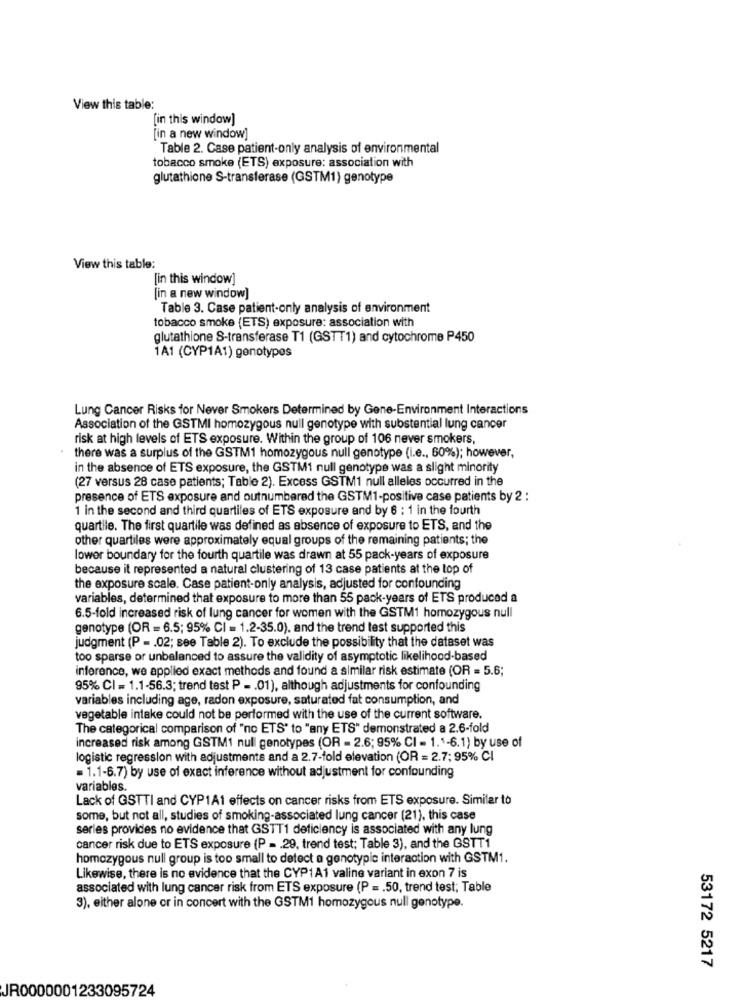
View this table:
[in this window]
[in a new window]
Table 2. Case patient-only analysis of environmental
tobacco smoke (ETS) exposure: association with
glutathione S-transferase (GSTM1) genotype
View this table:
[in this window]
[in a new window]
Table 3. Case patient-only analysis of environment
tobacco smoke (ETS) exposure: association with
glutathione S-transferase T1 (GSTT1) and cytochrome P450
1A1 (CYP1A1) genotypes
Lung Cancer Risks for Never Smokers Determined by Gene-Environment Interactions
Association of the GSTMI homozygous null genotype with substantial lung cancer
risk at high levels of ETS exposure. Within the group of 106 never smokers,
there was a surplus of the GSTM1 homozygous null genotype (i.e ., 60%); however,
in the absence of ETS exposure, the GSTM1 null genotype was a slight minority
(27 versus 28 case patients; Table 2). Excess GSTM1 null alleles occurred in the
presence of ETS exposure and outnumbered the GSTM1-positive case patients by 2 :
1 in the second and third quartiles of ETS exposure and by 6 : 1 in the fourth
quartile. The first quartile was defined as absence of exposure to ETS, and the
other quartiles were approximately equal groups of the remaining patients; the
lower boundary for the fourth quartile was drawn at 55 pack-years of exposure
because it represented a natural clustering of 13 case patients at the top of
the exposure scale. Case patient-only analysis, adjusted for confounding
variables, determined that exposure to more than 55 pack-years of ETS produced a
6.5-fold increased risk of lung cancer for women with the GSTM1 homozygous null
genotype (OR = 6.5; 95% CI = 1.2-35.0), and the trend test supported this
judgment (P - . 02; see Table 2). To exclude the possibility that the dataset was
too sparse or unbalanced to assure the validity of asymptotic likelihood-based
inference, we applied exact methods and found a similar risk estimate (OR = 5.6;
95% CI = 1.1-56.3; trend test P - . 01), although adjustments for confounding
variables including age, radon exposure, saturated fat consumption, and
vegetable intake could not be performed with the use of the current software.
The categorical comparison of "no ETS" to "any ETS" demonstrated a 2.6-fold
increased risk among GSTM1 null genotypes (OR = 2.6; 95% CI - 1.1-6.1) by use of
logistic regression with adjustments and a 2.7-fold elevation (OR = 2.7; 95% CI
= 1.1-6.7) by use of exact inference without adjustment for confounding
variables.
Lack of GSTTI and CYP1A1 effects on cancer risks from ETS exposure. Similar to
some, but not all, studies of smoking-associated lung cancer (21), this case
series provides no evidence that GSTT1 deficiency is associated with any lung
cancer risk due to ETS exposure (P = . 29, trend test; Table 3), and the GSTT1
homozygous null group is too small to detect a genotypic interaction with GSTM1.
Likewise, there is no evidence that the CYP1A1 valine variant in exon 7 is
associated with lung cancer risk from ETS exposure (P = . 50, trend test; Table
3), either alone or in concert with the GSTM1 homozygous null genotype.
53172 5217
JR0000001233095724